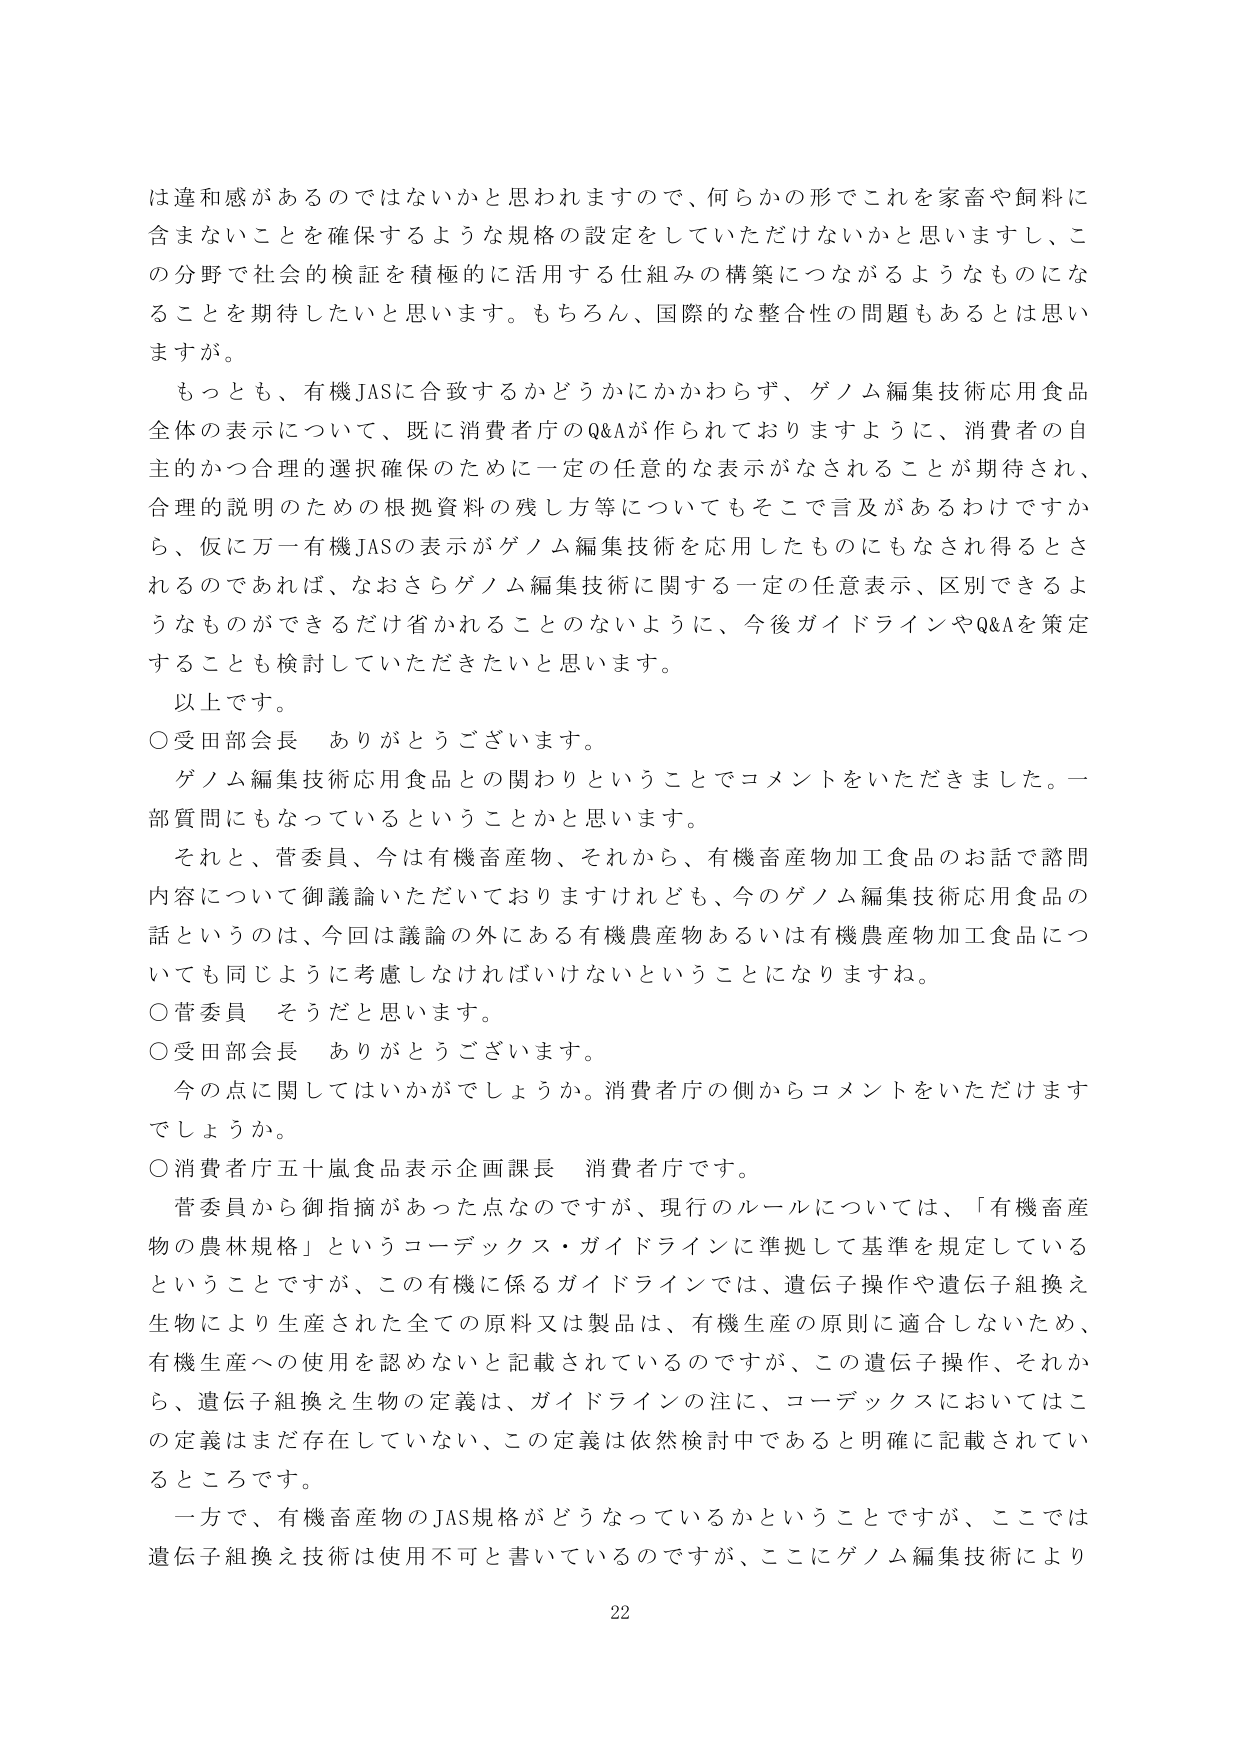
は違和感があるのではないかと思われますので、何らかの形でこれを家畜や飼料に含まないことを確保するような規格の設定をしていただけないかと思いますし、この分野で社会的検証を積極的に活用する仕組みの構築につながるようなものになることを期待したいと思います。もちろん、国際的な整合性の問題もあるとは思いますが。

もっとも、有機JASに合致するかどうかにかかわらず、ゲノム編集技術応用食品全体の表示について、既に消費者庁のQ&Aが作られておりますように、消費者の自主的かつ合理的選択確保のために一定の任意的な表示がなされることが期待され、合理的説明のための根拠資料の残し方等についてもそこで言及があるわけですから、仮に万一有機JASの表示がゲノム編集技術を応用したものにもなされ得るとされるのであれば、なおさらゲノム編集技術に関する一定の任意表示、区別できるようなものができるだけ省かれることのないように、今後ガイドラインやQ&Aを策定することも検討していただきたいと思います。

以上です。

○受田部会長　ありがとうございます。

ゲノム編集技術応用食品との関わりということでコメントをいただきました。一部質問にもなっているということかと思います。

それと、菅委員、今は有機畜産物、それから、有機畜産物加工食品のお話で諮問内容について御議論いただいておりますけれども、今のゲノム編集技術応用食品の話というのは、今回は議論の外にある有機農産物あるいは有機農産物加工食品についても同じように考慮しなければいけないということになりますね。

○菅委員　そうだと思います。

○受田部会長　ありがとうございます。

今の点に関してはいかがでしょうか。消費者庁の側からコメントをいただけますでしょうか。

○消費者庁五十嵐食品表示企画課長　消費者庁です。

菅委員から御指摘があった点なのですが、現行のルールについては、「有機畜産物の農林規格」というコーデックス・ガイドラインに準拠して基準を規定しているということですが、この有機に係るガイドラインでは、遺伝子操作や遺伝子組換え生物により生産された全ての原料又は製品は、有機生産の原則に適合しないため、有機生産への使用を認めないと記載されているのですが、この遺伝子操作、それから、遺伝子組換え生物の定義は、ガイドラインの注に、コーデックスにおいてはこの定義はまだ存在していない、この定義は依然検討中であると明確に記載されているところです。

一方で、有機畜産物のJAS規格がどうなっているかということですが、ここでは遺伝子組換え技術は使用不可と書いているのですが、ここにゲノム編集技術により

22